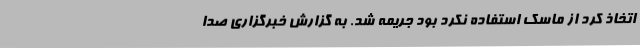
اتخاذ کرد از ماسک استفاده نکرد بود جریمه شد. به گزارش ­­خبرگزاری صدا